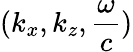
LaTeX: (k_{x},k_{z},\frac{\omega}{c})